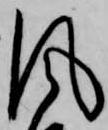
風